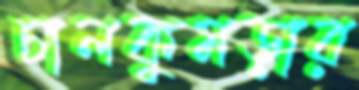
চালকুমড়ার